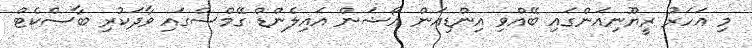
މި އަހަރު ރީޔޫނިއަންގައި ބޭއްވި އިންޑިއަން އޯޝަން އައިލެންޑް ގޭމްސްގައި ވާދަކުރި ބާސްކެޓް